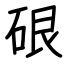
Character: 硍